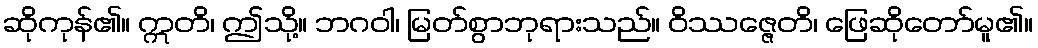
ဆိုကုန်၏။ ဣတိ၊ ဤသို့။ ဘဂဝါ၊ မြတ်စွာဘုရားသည်။ ဝိဿဇ္ဇေတိ၊ ဖြေဆိုတော်မူ၏။